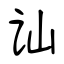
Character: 讪